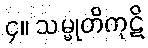
၄။ သမ္မုတိကုဋိ